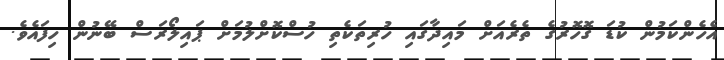
އެހެންކަމުން ކުޑަ ގޮހޮރުގެ ތެރެއަށް މައިދާގައި ހުރިތަކެތި ހުސްކޮށްލުމަށް ޕައިލޯރަސް ބޭނުން ހިފައެވެ.